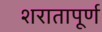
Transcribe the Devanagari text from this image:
शरातापूर्ण